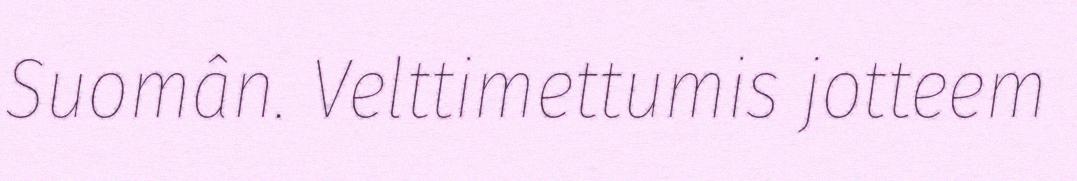
Suomân. Velttimettumis jotteem